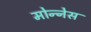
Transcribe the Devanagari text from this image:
मोन्‍नेस